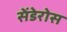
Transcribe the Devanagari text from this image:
सेंडेरोस